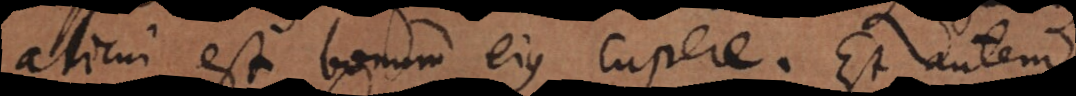
alicui est bonum ejus cupere. Est autem